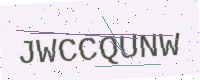
Text: JWCCQUNW